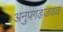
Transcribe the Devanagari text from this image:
अनुपगडजवळ